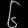
Digit: ၆